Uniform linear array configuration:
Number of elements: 12
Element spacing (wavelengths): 0.5
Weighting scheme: kaiser
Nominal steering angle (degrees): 15
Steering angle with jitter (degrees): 13.392
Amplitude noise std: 0.05
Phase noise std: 0.05

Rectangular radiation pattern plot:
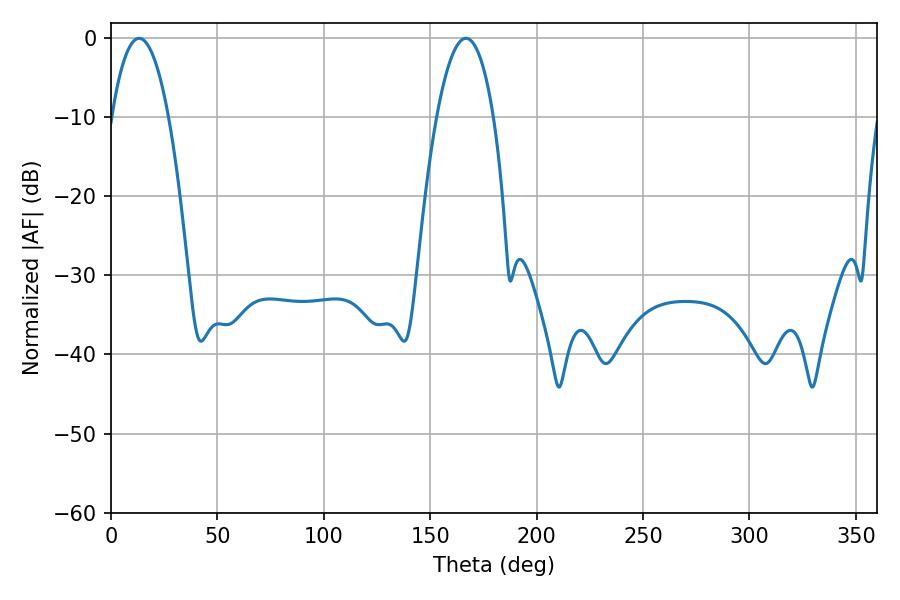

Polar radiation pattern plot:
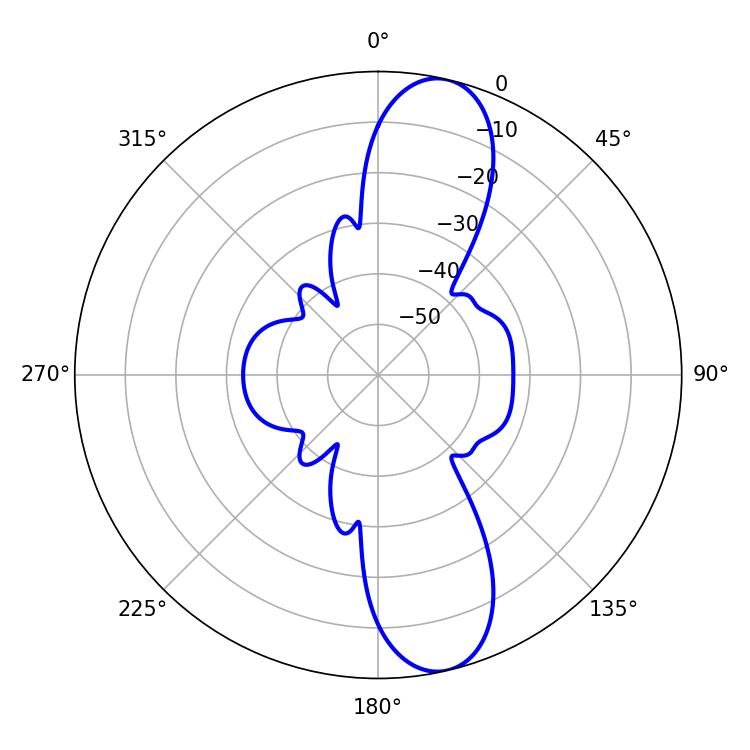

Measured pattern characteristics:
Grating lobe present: FALSE
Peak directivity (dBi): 11.941
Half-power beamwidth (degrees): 14.76
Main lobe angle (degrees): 13.14